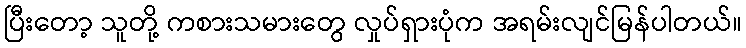
ပြီးတော့ သူတို့ ကစားသမားတွေ လှုပ်ရှားပုံက အရမ်းလျင်မြန်ပါတယ်။